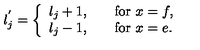
l _ { j } ^ { ' } = \left\{ \begin{array} { l l } { l _ { j } + 1 , } & { \quad \mathrm { f o r } \ x = f , } \\ { l _ { j } - 1 , } & { \quad \mathrm { f o r } \ x = e . } \\ \end{array} \right.